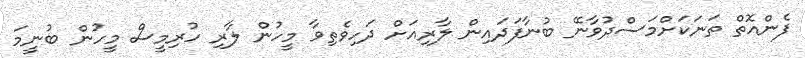
ފެންއޮތް ތަނަކަށްމަސްދުވާނޭ ބުނާފަދައިން ލާރިއަށް ދަހިވެތިވާ މީހުން ލާރި ހުރިމީސް މީހުން ބުނީމަ